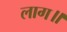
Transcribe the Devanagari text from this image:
लाग॥